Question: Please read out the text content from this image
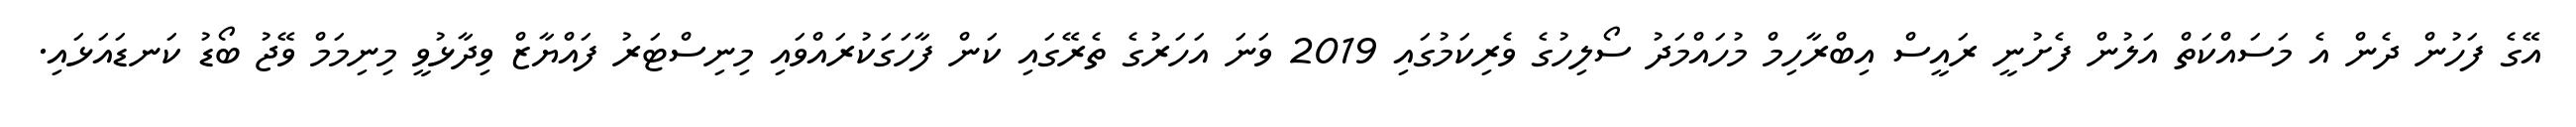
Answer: އޭގެ ފަހުން ދެން އެ މަސައްކަތް އަލުން ފެށުނީ ރައީސް އިބްރާހިމް މުހައްމަދު ސޯލިހުގެ ވެރިކަމުގައި 2019 ވަނަ އަހަރުގެ ތެރޭގައި ކަން ފާހަގަކުރައްވައި މިނިސްޓަރު ފައްޔާޒް ވިދާޅުވީ މިނިމަމް ވޭޖު ބޯޑު ކަނޑައަޅައި.